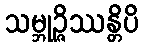
သမ္ဘုဉ္ဇိဿန္တိပိ